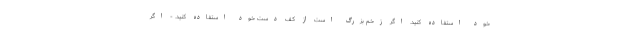
خود استفاده کنید. اگر زخم بزرگ است از کف دست خود استفاده کنید. - اگر